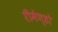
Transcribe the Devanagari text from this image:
रीमेण्डो